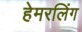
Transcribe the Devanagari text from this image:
हेमरलिंग